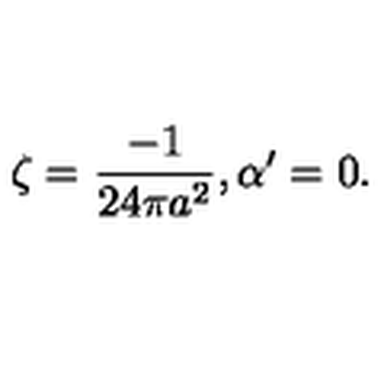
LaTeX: \zeta = \frac { - 1 } { 2 4 \pi a ^ { 2 } } , \alpha ^ { \prime } = 0 .